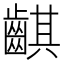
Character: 䶞